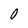
Character: 0